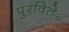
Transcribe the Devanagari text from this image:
पुरविते॰